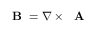
\mathrm { ~ \bf ~ B ~ } = \nabla \times \mathrm { ~ \bf ~ A ~ }